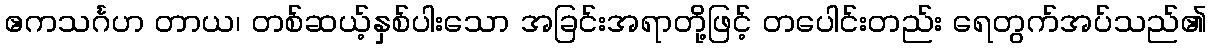
ဧကသင်္ဂဟ တာယ၊ တစ်ဆယ့်နှစ်ပါးသော အခြင်းအရာတို့ဖြင့် တပေါင်းတည်း ရေတွက်အပ်သည်၏